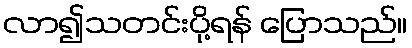
လာ၍သတင်းပို့ရန် ပြောသည်။